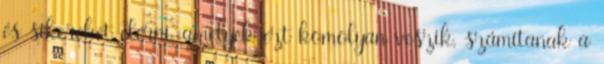
és sikereket elérni, amelyek ezt komolyan veszik, számítanak a